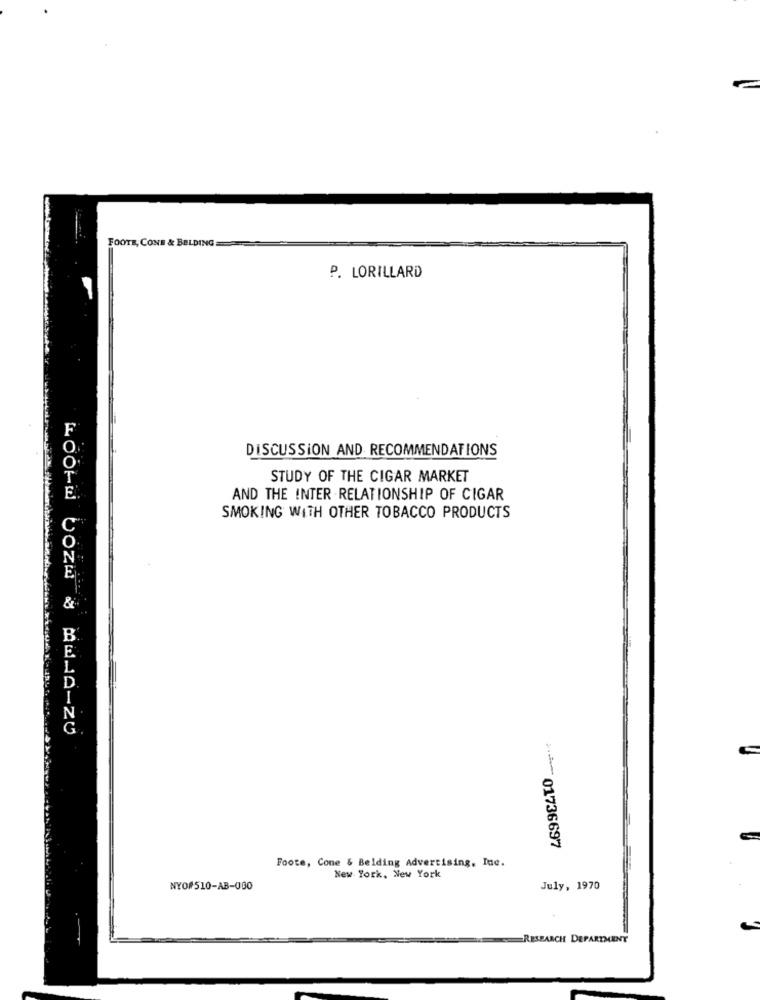
FOOTE, CONE & BELDING
P. LORILLARD
DISCUSSION AND RECOMMENDATIONS
STUDY OF THE CIGAR MARKET
AND THE INTER RELATIONSHIP OF CIGAR
SMOKING WITH OTHER TOBACCO PRODUCTS
&
01736697
Foote, Cone & Belding Advertising, Inc.
New York, New York
NYO#510-AB-000
July, 1970